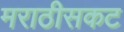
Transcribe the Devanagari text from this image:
मराठीसकट